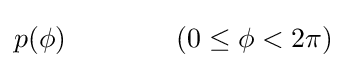
p(\phi )\qquad \qquad (0\leq \phi <2\pi )